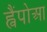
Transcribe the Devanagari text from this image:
ह्वैंपोआ